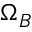
\Omega _ { B }